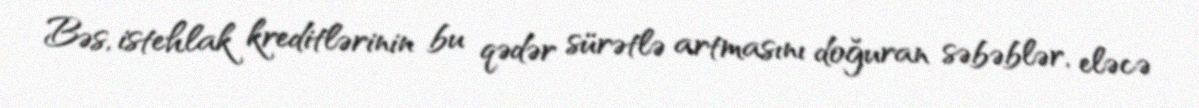
Bəs, istehlak kreditlərinin bu qədər sürətlə artmasını doğuran səbəblər, eləcə